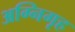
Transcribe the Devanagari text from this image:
अग्निगृह